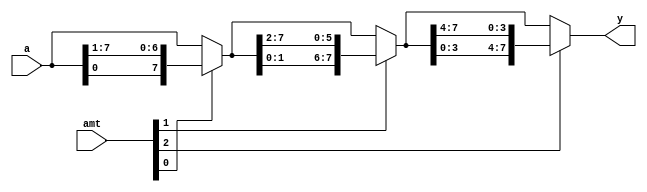
module barrel_shifter(
    input [7:0] a,
    input [2:0] amt,
    output [7:0] y
    );
    
  wire [7:0]s0,s1;
  
  assign s0=amt[0]?{a[0],a[7:1]}:a;
  assign s1=amt[1]?{s0[1:0],s0[7:2]}:s0;
  assign y=amt[2]?{s1[3:0],s1[7:4]}:s1;
  
endmodule